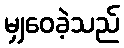
မျှဝေခဲ့သည်